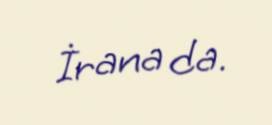
İrana da.